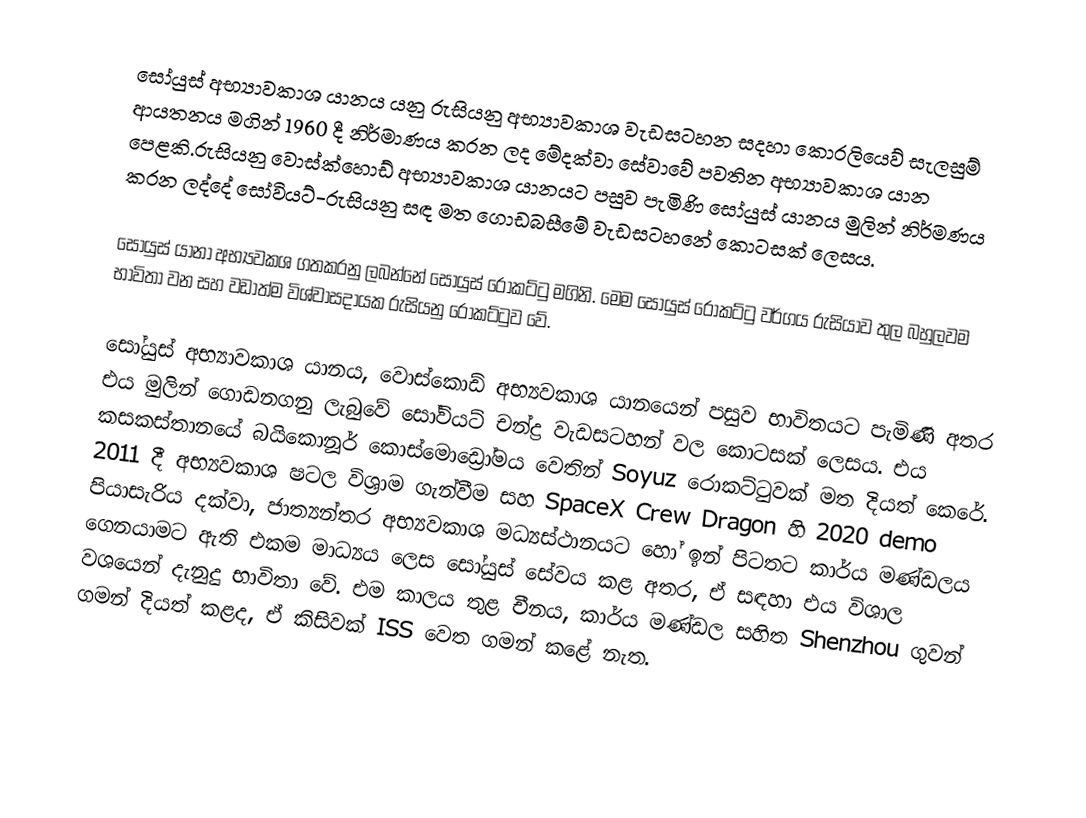
සෝයුස් අභ්‍යාවකාශ ‍යානය යනු රුසියනු අභ්‍යාවකාශ වැඩසටහන සදහා කොරලියෙව් සැලසුම් ආයතනය මගින් 1960 දී නිර්මාණය කරන ලද මේදක්වා සේවාවේ පවතින අභ්‍යාවකාශ යාන පෙළකි.රුසියනු වොස්ක්හොඩ් අභ්‍යාවකාශ යානයට පසුව පැමිණි සෝයුස් යානය මුලින් නිර්මණය කරන ලද්දේ සෝවියට්-රුසියනු සඳ මත ගොඩබසීමේ වැඩසටහනේ කොටසක් ලෙසය.

සෝයුස් යානා අභ්‍යවකශ ගතකරනු ලබන්නේ සෝයුස් රොකට්ටු මගිනි. මෙම සෝයුස් රොකට්ටු වර්ගය රුසියාව තුල බහුලවම භාවිතා වන සහ වඩාත්ම විශ්වාසදායක රුසියනු රොකට්ටුව වේ.

සෝයුස් අභ්‍යාවකාශ ‍යානය, වොස්කොඩ් අභ්‍යවකාශ යානයෙන් පසුව භාවිතයට පැමිණි අතර එය මුලින් ගොඩනගනු ලැබුවේ සෝවියට් චන්ද්‍ර වැඩසටහන් වල කොටසක් ලෙසය. එය කසකස්තානයේ බයිකොනූර් කොස්මොඩ්‍රෝමය වෙතින් Soyuz රොකට්ටුවක් මත දියත් කෙරේ. 2011 දී අභ්‍යවකාශ ෂටල විශ්‍රාම ගැන්වීම සහ SpaceX Crew Dragon හි 2020 demo පියාසැරිය දක්වා, ජාත්‍යන්තර අභ්‍යවකාශ මධ්‍යස්ථානයට හෝ ඉන් පිටතට කාර්ය මණ්ඩලය ගෙනයාමට ඇති එකම මාධ්‍යය ලෙස සෝයුස් සේවය කළ අතර, ඒ සඳහා එය විශාල වශයෙන් දැනුදු භාවිතා වේ. එම කාලය තුළ චීනය, කාර්ය මණ්ඩල සහිත Shenzhou ගුවන් ගමන් දියත් කළද, ඒ කිසිවක් ISS වෙත ගමන් කළේ නැත.